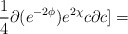
\begin{align*}\frac{1}{4}\partial (e^{-2\phi})e^{2\chi}c\partial c ]=\end{align*}